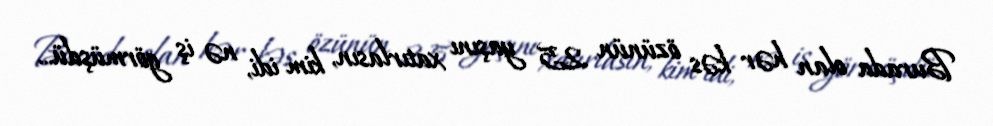
Burada olan hər kəs özünün 25 yaşını xatırlasın, kim idi, nə iş görmüşdü...